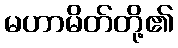
မဟာမိတ်တို့၏